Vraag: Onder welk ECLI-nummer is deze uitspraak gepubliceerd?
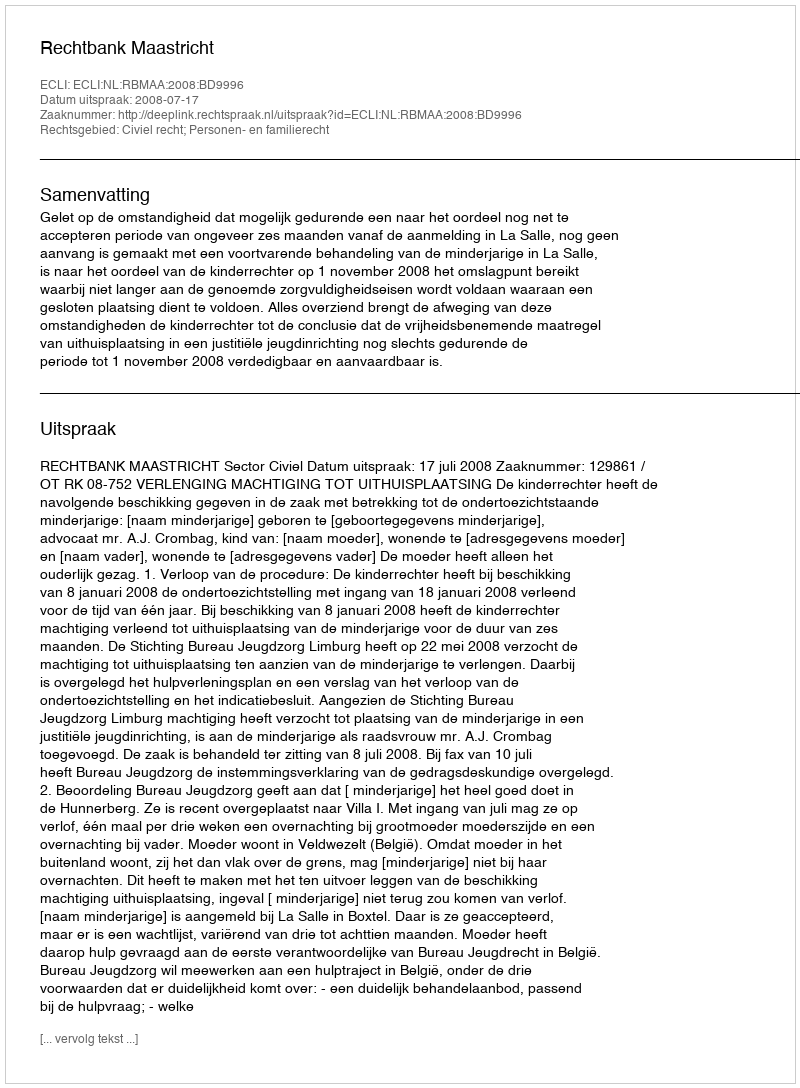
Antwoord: ECLI:NL:RBMAA:2008:BD9996